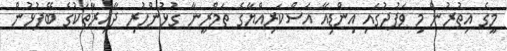
މީގެ އިތުރުން މި ވަފުދުގައި އިންޑިއާ އަސްކަރިއްޔާގެ ތަމްރީނާ ގުޅުންހުރި ދާއިރާތަކުގެ ބޭފުޅުން